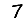
Digit: 7